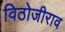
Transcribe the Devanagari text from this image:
विठोजीराव